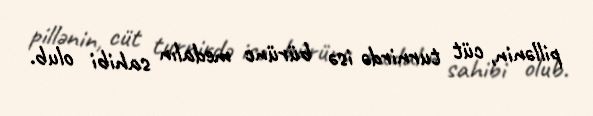
pillənin, cüt turnirdə isə bürünc medalın sahibi olub.